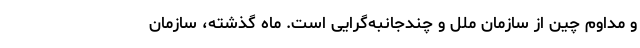
و مداوم چین از سازمان ملل و چندجانبه‌گرایی است. ماه گذشته، سازمان